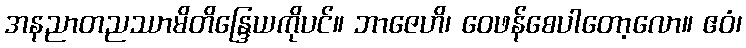
အနညာတညဿာမိတိန္ဒြေယကိုပင်။ ဘာဇေဟိ၊ ဝေဖန်စေပါတော့လော။ ဧဝံ၊